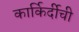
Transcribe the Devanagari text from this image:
कार्किर्दीची